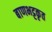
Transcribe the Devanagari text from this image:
बाणभट्टकृत